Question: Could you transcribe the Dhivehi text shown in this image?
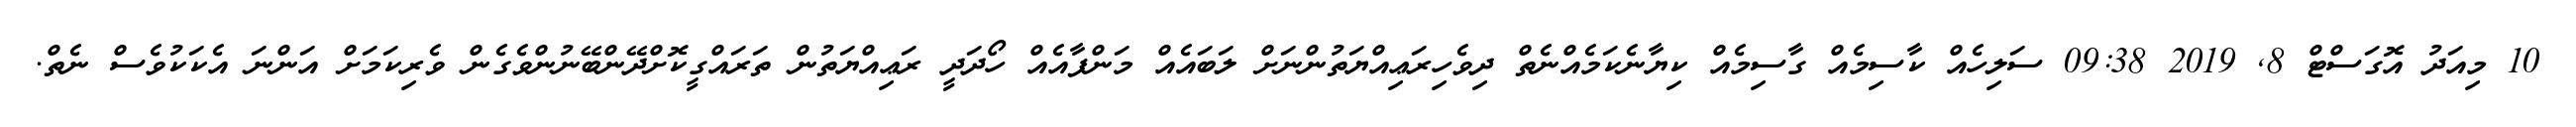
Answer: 10 މިއަދު އޮގަސްޓް 8, 2019 09:38 ސަލިހެއް ކާސިމެއް ގާސިމެއް ކިޔާނެކަމެއްނެތް ދިވެހިރަޢިއްޔަތުންނަށް ލަބައެއް މަންފާއެއް ހޯދަދީ ރަޢިއްޔަތުން ތަރައްގީކޮށްދޭންބޭނުންވެގެން ވެރިކަމަށް އަންނަ އެކަކުވެސް ނެތް.